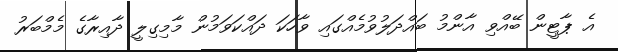
އެ ޕާޓީން ބޭއްވި އާންމު ބައްދަލުވުމެއްގައި ވާހަކަ ދައްކަވަމުން މާމިގިލީ ދާއިރާގެ މެމްބަރު